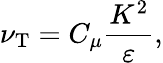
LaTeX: \nu_{\mathrm{{T}}}=C_{\mu}\frac{K^{2}}{\varepsilon},